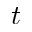
t